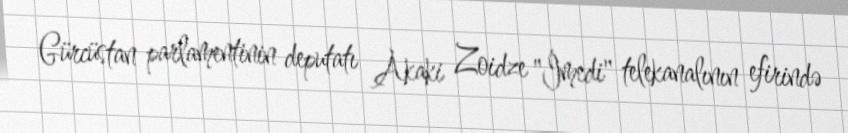
Gürcüstan parlamentinin deputatı Akaki Zoidze "İmedi" telekanalının efirində